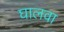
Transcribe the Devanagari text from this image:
घालवा